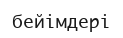
бейімдері